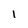
Character: 1